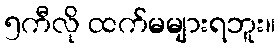
၅ကီလို ထက်မများရဘူး။